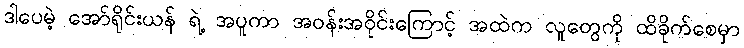
ဒါပေမဲ့ အော်ရိုင်းယန် ရဲ့ အပူကာ အဝန်းအဝိုင်းကြောင့် အထဲက လူတွေကို ထိခိုက်စေမှာ